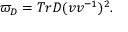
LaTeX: \varpi _ { D } = T r D ( \d v v ^ { - 1 } ) ^ { 2 } .